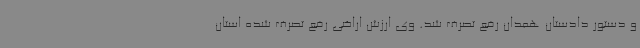
و دستور دادستان همدان رفع تصرف شد. وی ارزش اراضی رفع تصرف شده استان